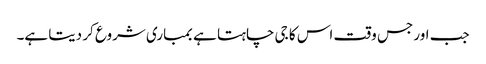
جب اور جس وقت اس کا جی چاہتا ہے بمباری شروع کر دیتا ہے۔